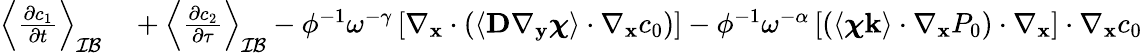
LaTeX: \begin{array}{rl}{\left\langle\frac{\partial c_{1}}{\partial t}\right\rangle_{\mathcal{IB}}}&{{}+\left\langle\frac{\partial c_{2}}{\partial\tau}\right\rangle_{\mathcal{IB}}-\phi^{-1}\omega^{-\gamma}\left[\nabla_{\mathbf{x}}\cdot\left(\left\langle\textbf{D}\nabla_{\mathbf y}\boldsymbol\chi\right\rangle\cdot\nabla_{\mathbf x}c_{0}\right)\right]-\phi^{-1}\omega^{-\alpha}\left[\left(\left\langle\boldsymbol\chi\mathbf k\right\rangle\cdot\nabla_{\mathbf x}P_{0}\right)\cdot\nabla_{\mathbf x}\right]\cdot\nabla_{\mathbf x}c_{0}}\end{array}